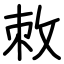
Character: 敇